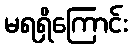
မရရှိကြောင်း